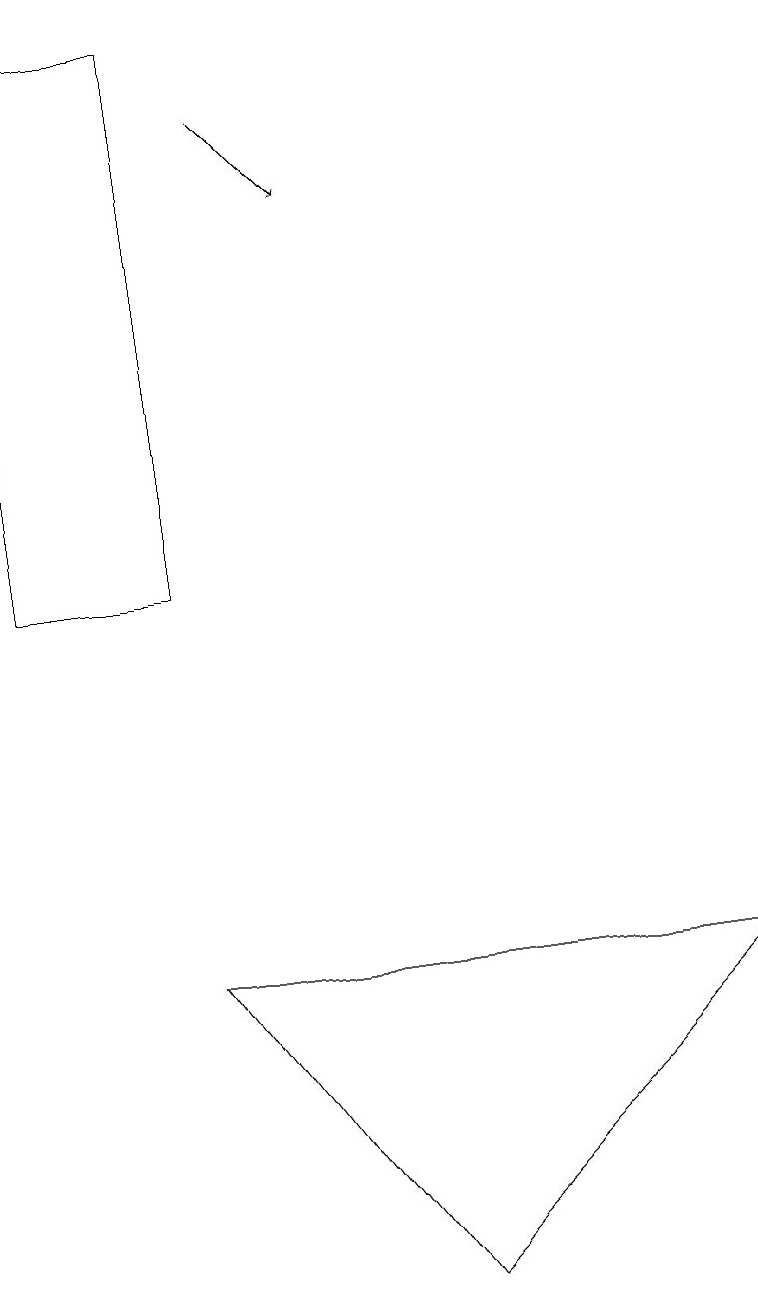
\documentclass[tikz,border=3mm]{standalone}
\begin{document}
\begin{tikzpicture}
\draw (9,6) -- (2,6) -- (5,2) -- cycle;
\draw[->] (3,17) -- (4,16);
\draw (2,18) rectangle (0,11);
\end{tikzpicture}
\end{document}